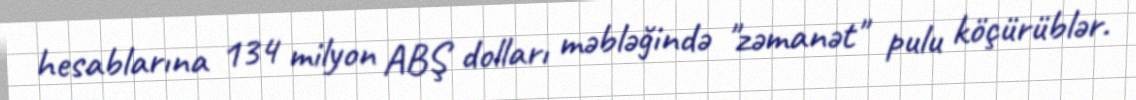
hesablarına 134 milyon ABŞ dolları məbləğində "zəmanət" pulu köçürüblər.